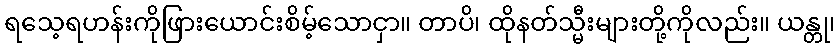
ရသေ့ရဟန်းကိုဖြားယောင်းစိမ့်သောငှာ။ တာပိ၊ ထိုနတ်သ္မီးများတို့ကိုလည်း။ ယန္တု၊